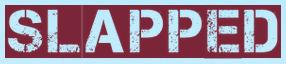
SLAPPED